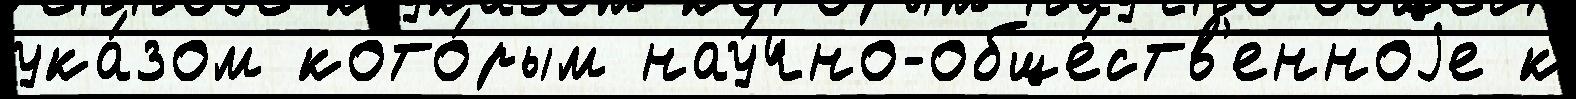
ука́зом кото́рым нау́чно-обще́ств'енноjе к